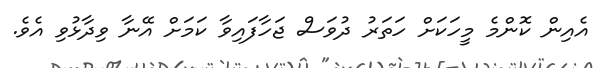
އެއިން ކޮންމެ މީހަކަށް ހަތަރު ދުވަސް ޖަހާފައިވާ ކަމަށް އޭނާ ވިދާޅުވި އެވެ.